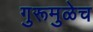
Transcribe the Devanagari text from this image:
गुरूमुळेच